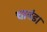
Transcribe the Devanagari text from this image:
चावंड।